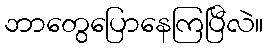
ဘာတွေပြောနေကြပြီလဲ။